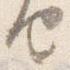
由